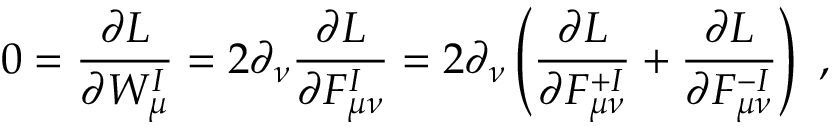
0 = \frac { \partial { \cal L } } { \partial W _ { \mu } ^ { I } } = 2 \partial _ { \nu } \frac { \partial { \cal L } } { \partial { \cal F } _ { \mu \nu } ^ { I } } = 2 \partial _ { \nu } \left( \frac { \partial { \cal L } } { \partial { \cal F } _ { \mu \nu } ^ { + I } } + \frac { \partial { \cal L } } { \partial { \cal F } _ { \mu \nu } ^ { - I } } \right) \ ,